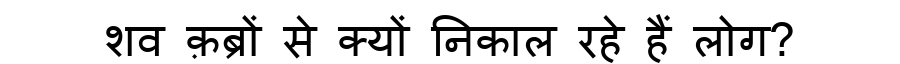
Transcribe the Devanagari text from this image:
शव क़ब्रों से क्यों निकाल रहे हैं लोग?